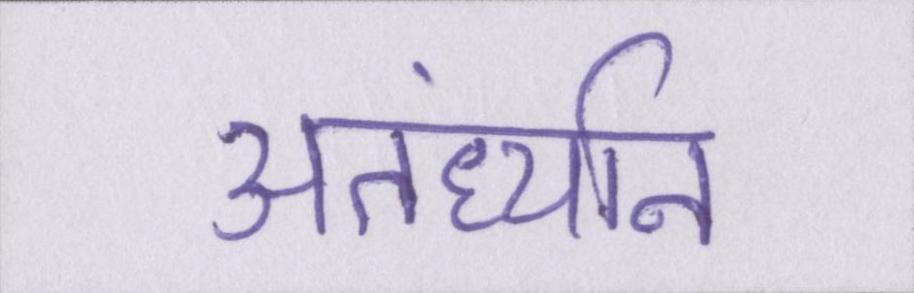
अंतर्ध्यान